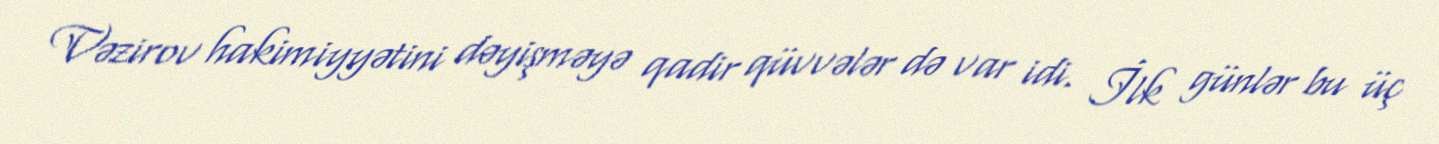
Vəzirov hakimiyyətini dəyişməyə qadir qüvvələr də var idi. İlk günlər bu üç